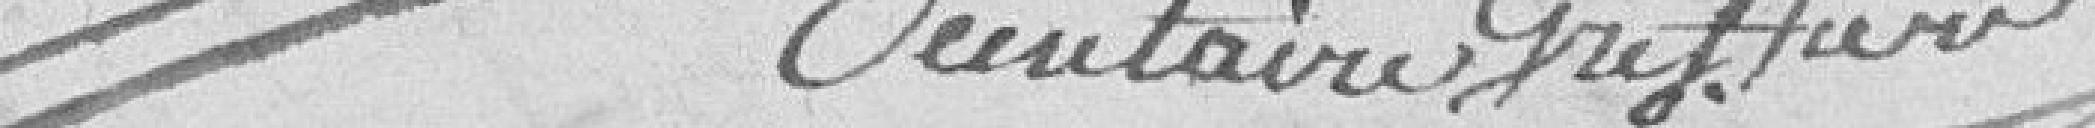
secrétaire greffier